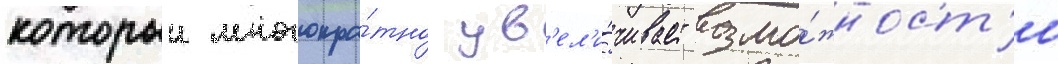
которыи многокра́тно ув'ел'и́чивает возмо́жност'и